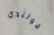
هولندي